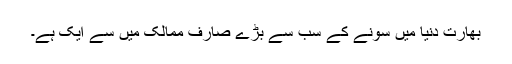
بھارت دنیا میں سونے کے سب سے بڑے صارف ممالک میں سے ایک ہے۔